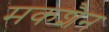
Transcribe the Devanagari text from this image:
मकशैन